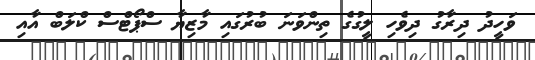
ވަހީދު ދިރާގު ދިވެހި ލީގުގެ ތިންވަނަ ބުރުގައި މާޒިޔާ ސްޕޯޓްސް ކްލަބް އާއި